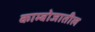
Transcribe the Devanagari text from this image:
काम्बोजातील